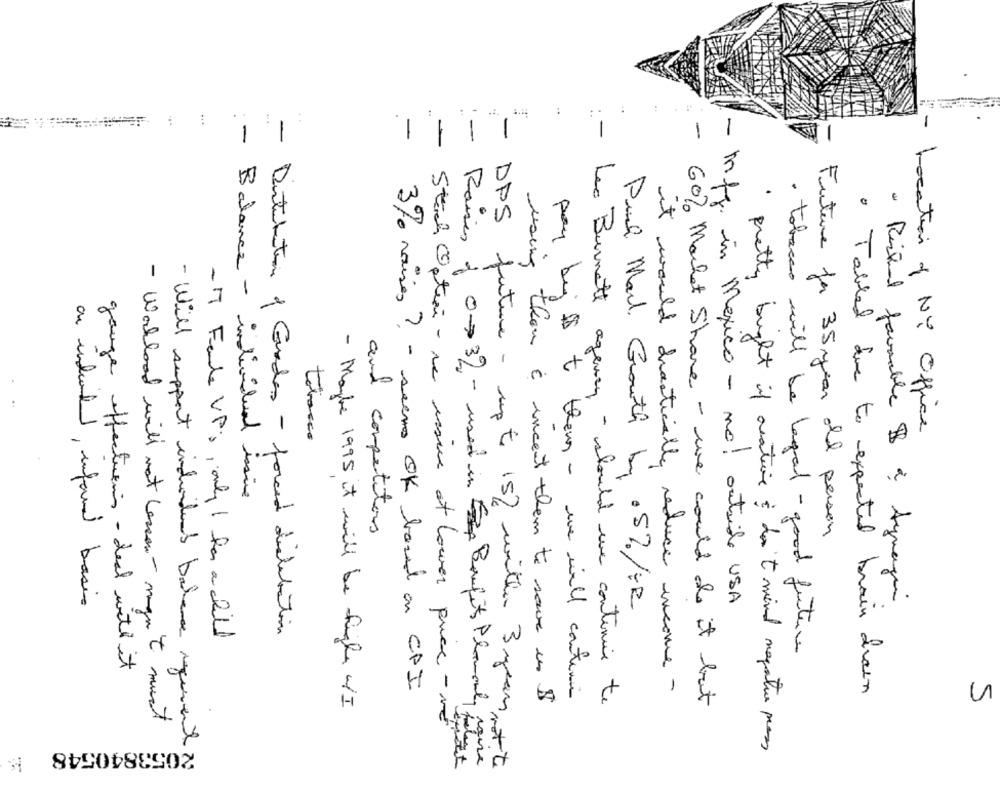
..
..
.
:
.:
-
:-
-
-
-
-
3% raises ? -
using them
tobacco
Location of NY Office
Balance - individual issive
Future far 35 year old person
and competitors
it would drastically reduce in
on undwand, informed basic
Push Mail. Growth by 0 5%/+R
mfg. in Mexico - no! outside USA
" Richard favorable B & Aymagin
- MT Fel VPs , only 1 har a child
- Distribution of Grades - forced dislibation
. tobacco will be legal - good future
gauge effectuens - deal with it
seems OK based on CPI
pay bij is to them - we will continue
income -
· Tablet due to expected brain drain
- Maybe 1995 it will be higher W/I
n & incent them to save us $
Leo Burnett agency - should we continue to
60% Market Share - we could Is it but
- Workload will not lassen - mynt must
Stich Opteri -me issue et lower price -me
- Will support individens bakan agement
2053840548
pretty bright if anative i don't mind mapnatur pass
Raises of 0×32 - used in Boufits Plomme, raise
DPS future - up to 15/ wether 3 years ot